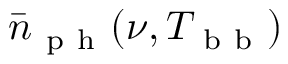
\bar { n } _ { \mathrm { ~ p ~ h ~ } } ( \nu , T _ { \mathrm { ~ b ~ b ~ } } )